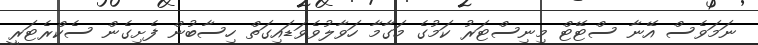
ނަމަވެސް އޭނާ ސްޓޭޓް މިނިސްޓަރު ކަމުގެ މަގާމާ ހަވާލުވެވަޑައިގަތް ހިސާބުން ފެށިގެން ސެކްރެޓަރީ